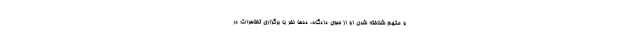
و متهم شناخته شدن او از سوی دادگاه، ده‌ها نفر با برگزاری تظاهرات در